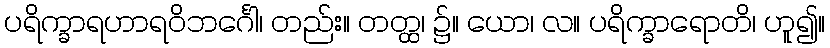
ပရိက္ခာရဟာရဝိဘင်္ဂေါ၊ တည်း။ တတ္ထ၊ ၌။ ယော၊ လ။ ပရိက္ခာရောတိ၊ ဟူ၍။